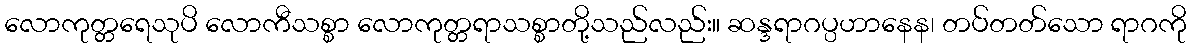
လောကုတ္တရေသုပိ လောကီသစ္စာ လောကုတ္တရာသစ္စာတို့သည်လည်း။ ဆန္ဒရာဂပ္ပဟာနေန၊ တပ်တတ်သော ရာဂကို